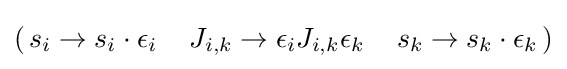
(\,s_{i}\to s_{i}\cdot \epsilon _{i}\quad \,J_{i,k}\to \epsilon _{i}J_{i,k}\epsilon _{k}\,\quad s_{k}\to s_{k}\cdot \epsilon _{k}\,)